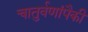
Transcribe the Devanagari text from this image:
चातुर्वणांपैकी